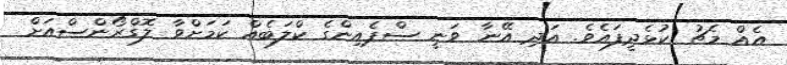
އެއް މެޗު ކުޅެދީފައެވެ. އަދި އޭނާ ވަނީ ސްޕެއިންގެ ކްލަބެއް ކަމަށްވާ ލޮގްރޯންސްއަށް